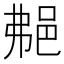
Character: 𨚭